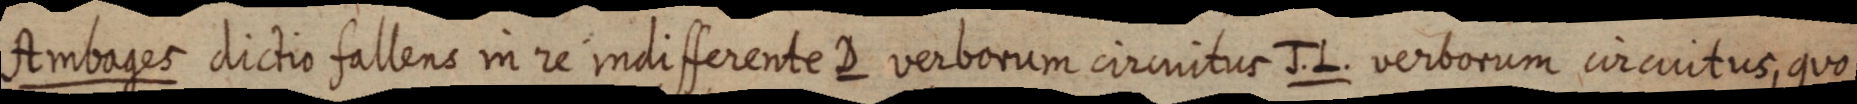
Ambages dictio fallens in re indifferente D verborum circuitus J. L. verborum circuitus, quo